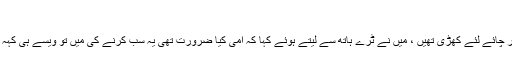
"
یہ میری امی جی کی آواز تھی. جب دروازہ کھولا تو امی ایک ٹرے میں انڈا پراٹھا اور چائے لئے کھڑی تھیں ، میں نے ٹرے ہاتھ سے لیتے ہوئے کہا کہ امی کیا ضرورت تھی یہ سب کرنے کی میں تو ویسے ہی کہہ رہا تھا تو امی نے جواب دیا " میرا بچہ بھوکا ہے یہ دیکھ کر مجھے نیند آجاتی کیا ؟